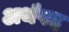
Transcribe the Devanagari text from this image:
अर्थपद